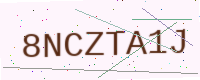
Text: 8NCZTA1J